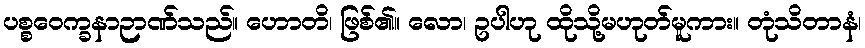
ပစ္စဝေက္ခနာဉာဏ်သည်။ ဟောတိ၊ ဖြစ်၏။ လော၊ ဥပါဟု ထိုသို့မဟုတ်မူကား။ တုံသိတာနံ၊